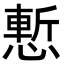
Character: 慙